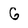
Character: G